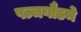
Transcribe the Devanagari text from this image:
पञ्चगौडमे